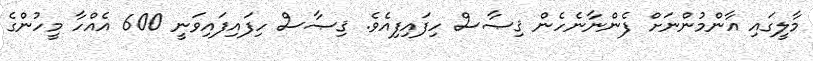
މާލީގައި އާންމުންނަށް ފެންނާނެހެން ޤިޞާސް ހިފައިފިއެވެ. ޤިޞާސް ހިފައިފައިވަނީ 600 އެއްހާ މީހުންގެ